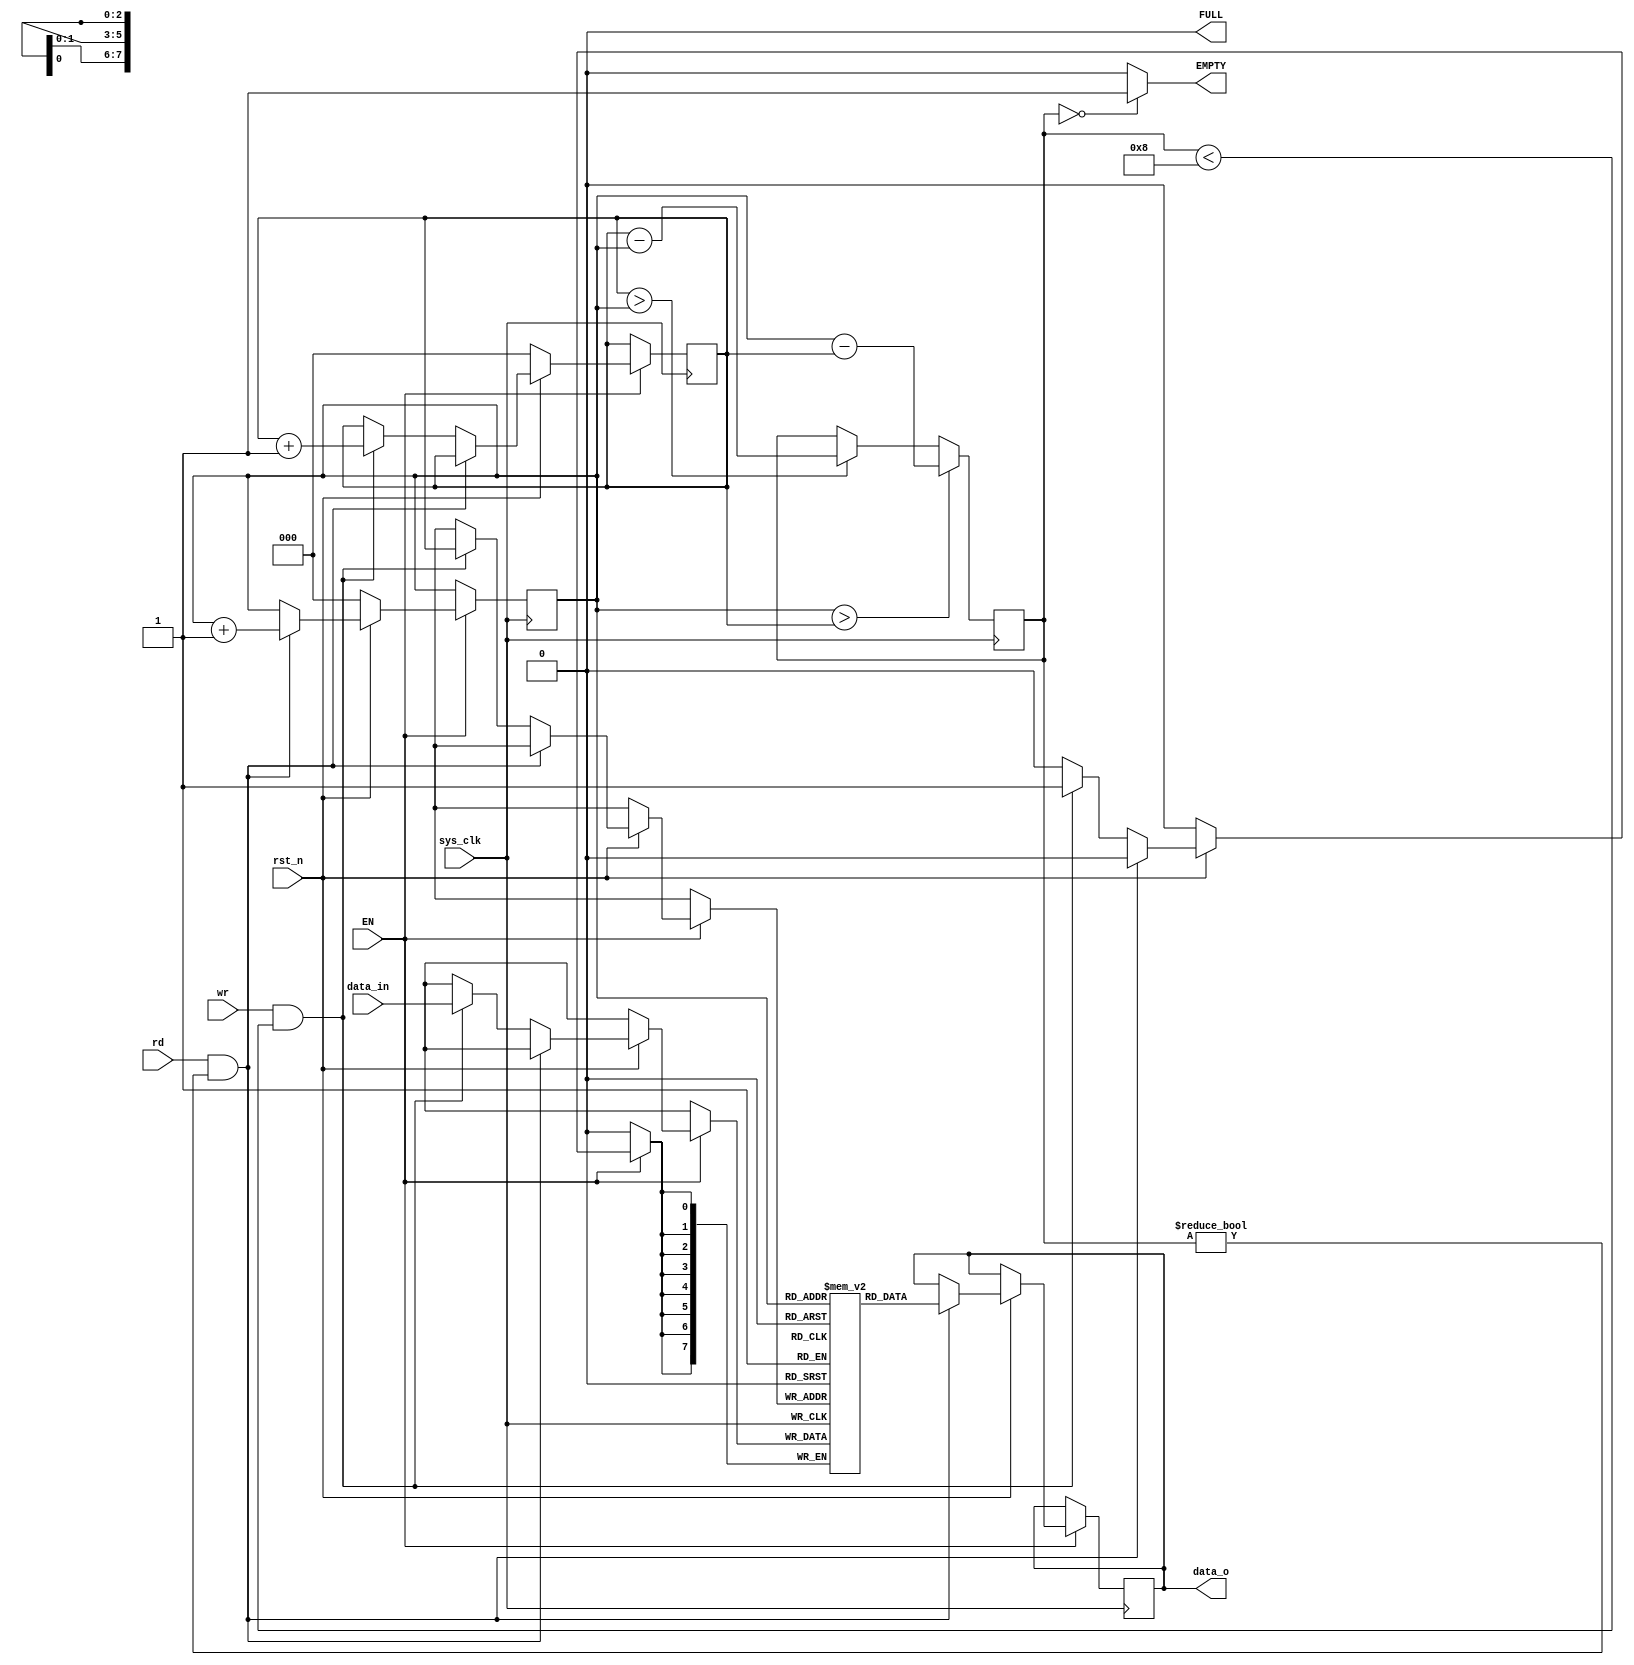
`timescale 1ns / 1ps
//////////////////////////////////////////////////////////////////////////////////
// Company: 
// Engineer: 
// 
// Design Name: 
// Module Name:  fifo_buffer.v
// source:       https://esrd2014.blogspot.com/p/first-in-first-out-buffer.html
// Project Name: 
// Target Devices: 
// Tool Versions: 
// Description:  fifo buffer with parameters to set bit width and word depth
//               data_in[] : data input word
//					  clk:        system clock       
//					  EN:         Enable, fifo is in hold mode when EN is false.
//					  rd:         read fifo when rd is true
//					  wr          write fifo when wr is true
//					  rst_n       reset, active low. 
//               data_o[]:   data output word   
//               EMPTY       set high when fifo is empty 
//               FULL        set high when fifo is full					    
// 
// Dependencies: 
// 
// Revision:
// Revision 0.01 - File Created
// Additional Comments:
// 
//////////////////////////////////////////////////////////////////////////////////
// This file implements a fifo buffer. First location writter is index 0,
//
// 
///////////////////////////////////////////////////////////////////////////////////
module fifo_buffer
  #(parameter DEPTH = 8, parameter WIDTH = 8)
  (
   input                  rst_n,
   input [WIDTH-1:0]      data_in,
   input                  sys_clk,
   input                  EN,
   input                  rd,
   input                  wr,
   output reg [WIDTH-1:0] data_o,
   output                 EMPTY,
   output                 FULL );

   reg [2:0]  Count = 0;  
   reg [7:0]  FIFO [0:7]; 
	
   reg [2:0]  readCounter;
	reg [2:0]  writeCounter; 
   assign EMPTY = (Count == 0)? 1'b1:1'b0; 
   assign FULL = (Count == DEPTH)? 1'b1:1'b0; 
 
   always @ (posedge sys_clk) 
   begin 
   if (EN==0); 
   else begin 
    if (!rst_n) begin 
     readCounter  <= 0; 
     writeCounter <= 0; 
    end 
   else if (rd == 1'b1 && Count!=0) begin 
    data_o  <= FIFO[readCounter]; 
    readCounter <= readCounter + 1'b1; 
   end 
   else if (wr==1'b1 && Count< DEPTH) begin
    FIFO[writeCounter]  <= data_in; 
    writeCounter  <= writeCounter + 1'b1; 
   end 
   else; 
   end 

   if (writeCounter== DEPTH) 
     writeCounter<=0; 
   else if (readCounter== DEPTH) 
    readCounter<=0; 
   else;
     if (readCounter > writeCounter) begin 
       Count=readCounter-writeCounter; 
     end 
     else if (writeCounter > readCounter) 
       Count <= writeCounter-readCounter; 
     else;
    end 

endmodule